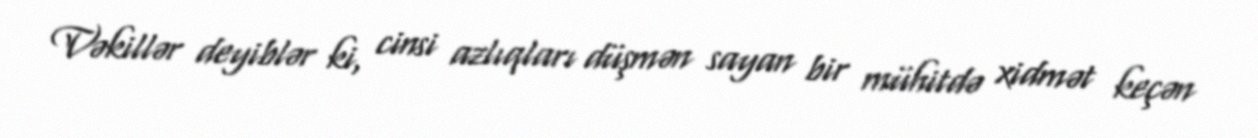
Vəkillər deyiblər ki, cinsi azlıqları düşmən sayan bir mühitdə xidmət keçən